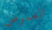
الغموض